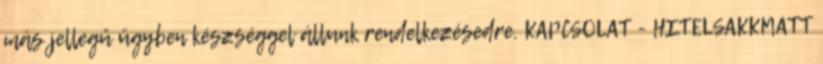
más jellegű ügyben készséggel állunk rendelkezésedre. KAPCSOLAT - HITELSAKKMATT